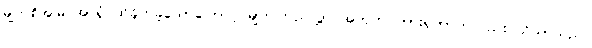
မျက်စိအမြင်အာရုံ ထိခိုက်ခဲ့သောကြောင့် မျက်ကြည်လွှာ အတုတပ်ထားရတာကလည်း သိသာသည်။